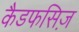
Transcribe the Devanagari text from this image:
कैडफसिज़